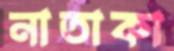
নাতাকা